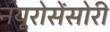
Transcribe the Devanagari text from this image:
नयूरोसेंसोरी